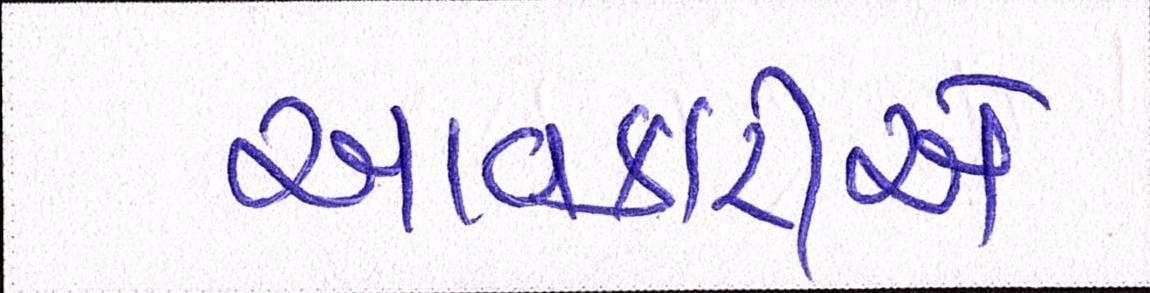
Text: આવકારીએ